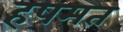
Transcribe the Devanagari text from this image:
हषमत